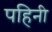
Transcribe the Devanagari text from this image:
पहिनी